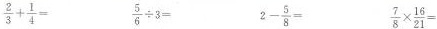
$$\frac { 2 } { 3 } + \frac { 1 } { 4 } =$$ $$\frac { 5 } { 6 } \div 3 =$$ $$2 - \frac { 5 } { 8 } =$$ $$\frac { 7 } { 8 } \times \frac { 1 6 } { 2 1 } =$$